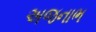
અજનાભ